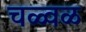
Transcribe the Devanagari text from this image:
चळ्वळ